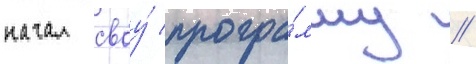
начал своу́ програ́мму //